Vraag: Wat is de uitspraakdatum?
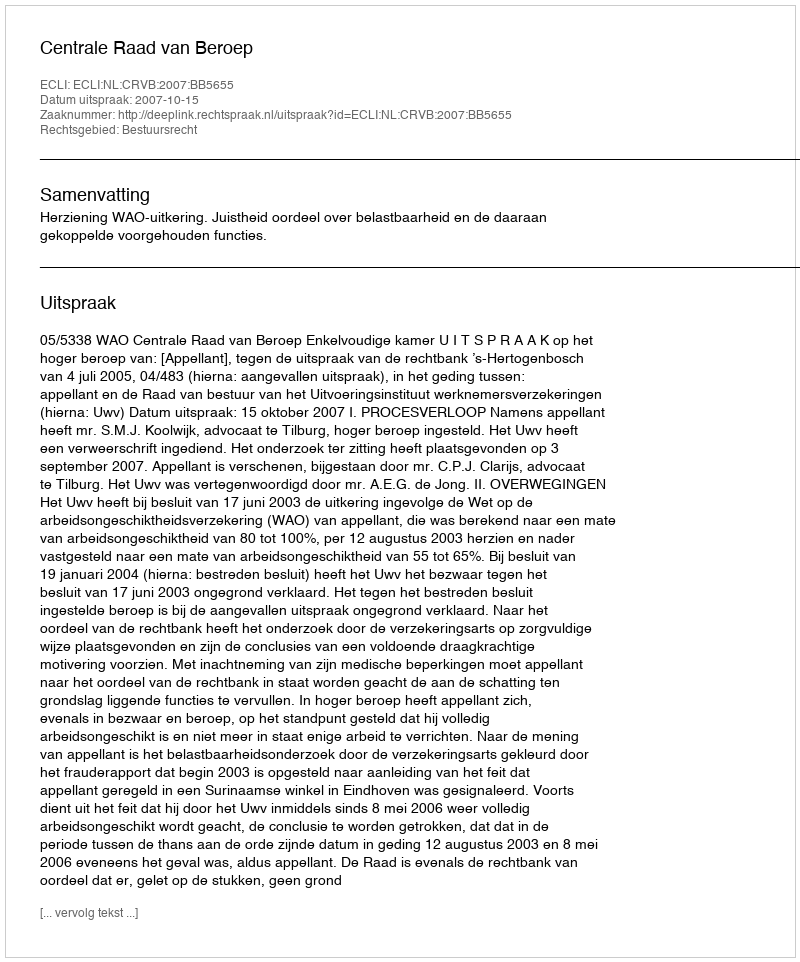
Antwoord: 2007-10-15